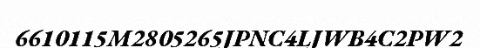
6610115M2805265JPNC4LJWB4C2PW2